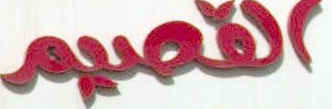
القصيم